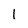
Character: 1